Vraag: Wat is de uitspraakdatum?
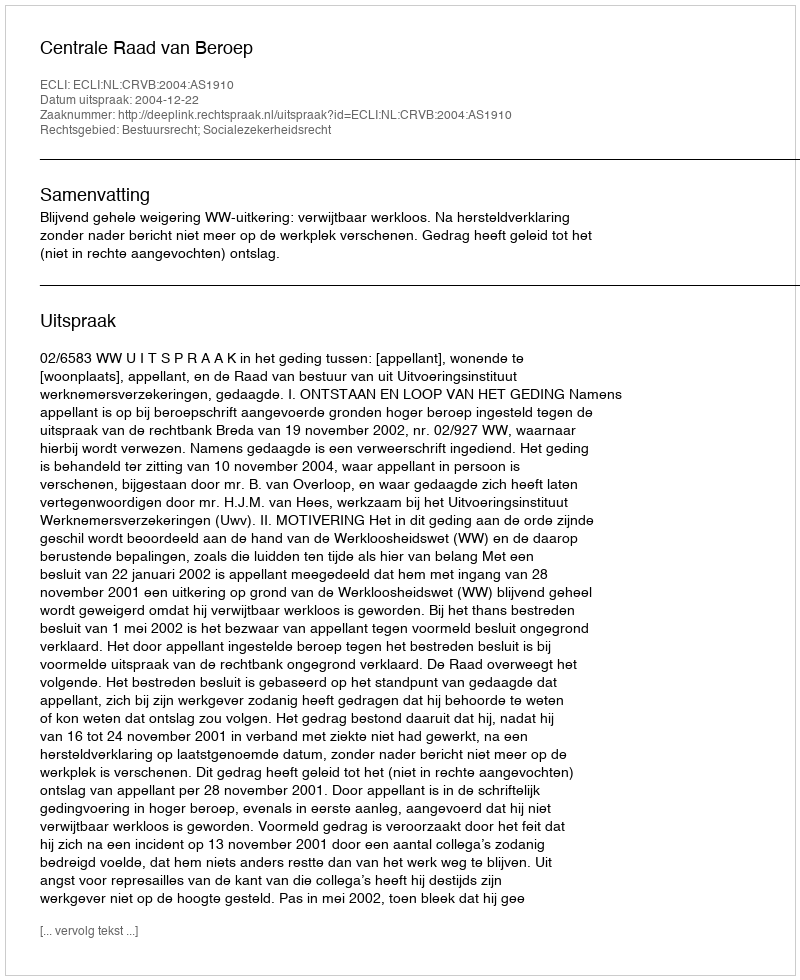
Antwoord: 2004-12-22